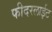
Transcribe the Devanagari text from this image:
फीदरलाईट